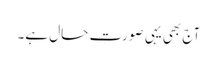
آج بھی یہی صورتِ حال ہے۔